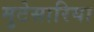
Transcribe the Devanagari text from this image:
मुटेसारिया